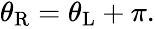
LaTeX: \begin{array}{r}{\theta_{\mathrm{R}}=\theta_{\mathrm{L}}+\pi.}\end{array}